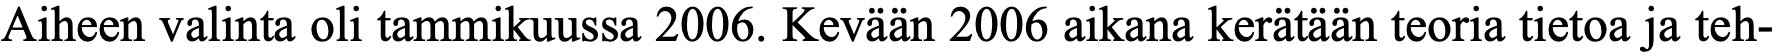
Aiheen valinta oli tammikuussa 2006. Kevään 2006 aikana kerätään teoria tietoa ja teh-